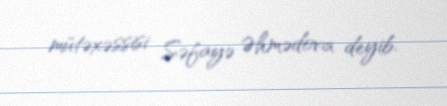
mütəxəssisi Səfayə Əhmədova deyib.